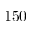
1 5 0